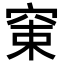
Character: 𥦈